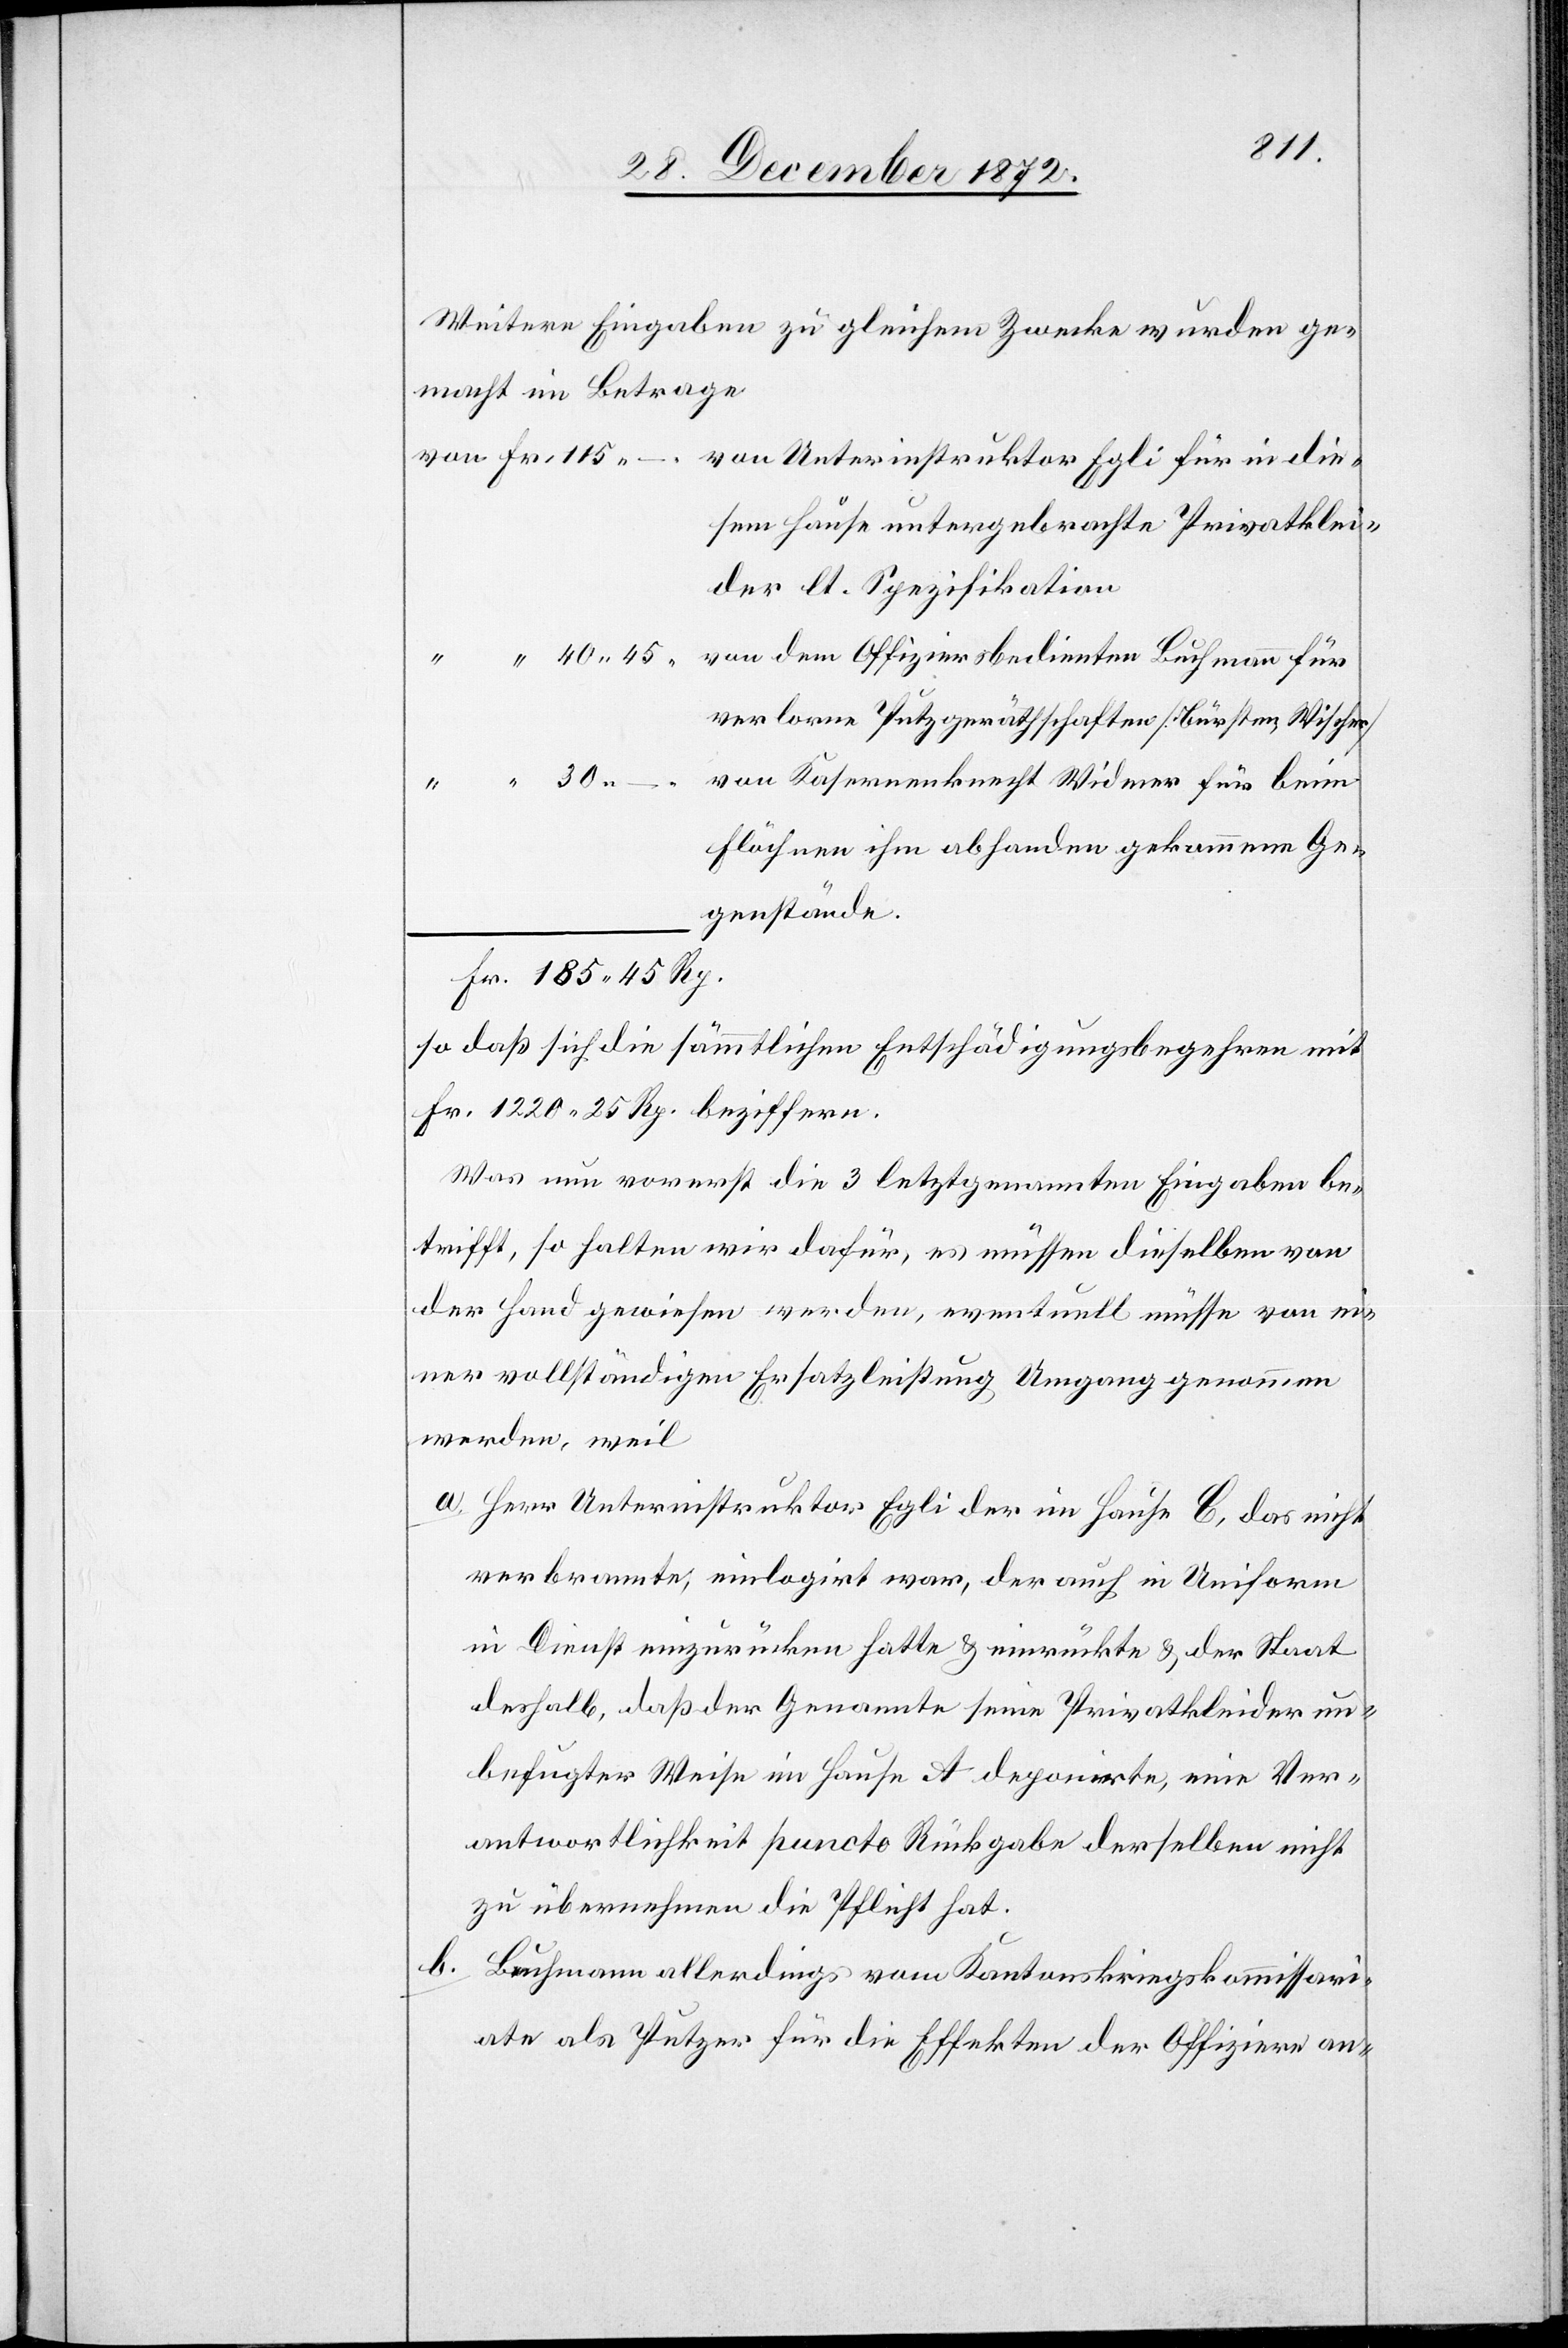
Fr.
Weitere Eingaben zu gleichem Zwecke wurden ge¬
macht im Betrage
von Unterinstruktor Egli für in die¬
sem Hause untergebrachte Privatklei¬
der lt. Spezifikation
von dem Offiziersbedienten Buchmann für
verlorne Putzgeräthschaften [Bürsten, Wischer]
von Kasernenknecht Widmer für beim
.
Flöchnen ihm abhanden gekommenen Ge¬
genstände.
so daß sich die sämmtlichen Entschädigungsbegehren mit
Fr. 1220 25 Rp. beziffern.
Was nun vorerst die 3 letztgenannten Eingaben be¬
trifft, so halten wir dafür, es müssen dieselben von
der Hand gewiesen werden, eventuell müsse von ei¬
ner vollständigen Ersatzleistung Umgang genommen
werden, weil
a. Herr Unterinstruktor Egli der im Hause C, das nicht
verbrannte, einlogirt war, der auch in Uniform
in Dienst einzurücken hatte u. einrückte u. der Staat
deshalb, daß der Genannte seine Privatkleider un¬
befugter Weise im Hause A deponirte, eine Ver¬
antwortlichkeit puncto Rückgabe derselben nicht
zu übernehmen die Pflicht hat.
b. Buchmann allerdings vom Kantonskriegskommissari¬
ate als Putzer für die Effekten der Offiziere an-